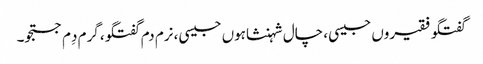
گفتگو فقیروں جیسی، چال شہنشاہوں جیسی، نرم دم گفتگو، گرم دِم جستجو۔